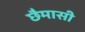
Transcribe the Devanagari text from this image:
छैमासी